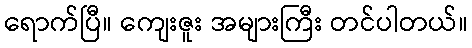
ရောက်ပြီ။ ကျေးဇူး အများကြီး တင်ပါတယ်။